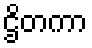
ဌိတကာ